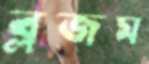
ব্লজম